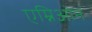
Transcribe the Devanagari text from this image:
एम्निओन